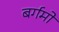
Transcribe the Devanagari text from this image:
बर्गमो